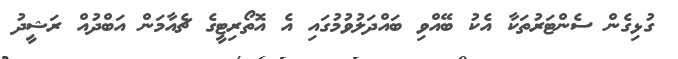
ގުޅިގެން ސެންޓަރުތަކާ އެކު ބޭއްވި ބައްދަލުވުމުގައި އެ އޮތޯރިޓީގެ ޗެއާމަން އަބްދުއް ރަޝީދު